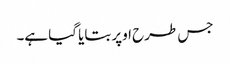
جس طرح اوپر بتایا گیا ہے۔